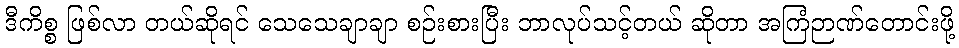
ဒီကိစ္စ ဖြစ်လာ တယ်ဆိုရင် သေသေချာချာ စဉ်းစားပြီး ဘာလုပ်သင့်တယ် ဆိုတာ အကြံဉာဏ်တောင်းဖို့